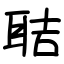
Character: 聐